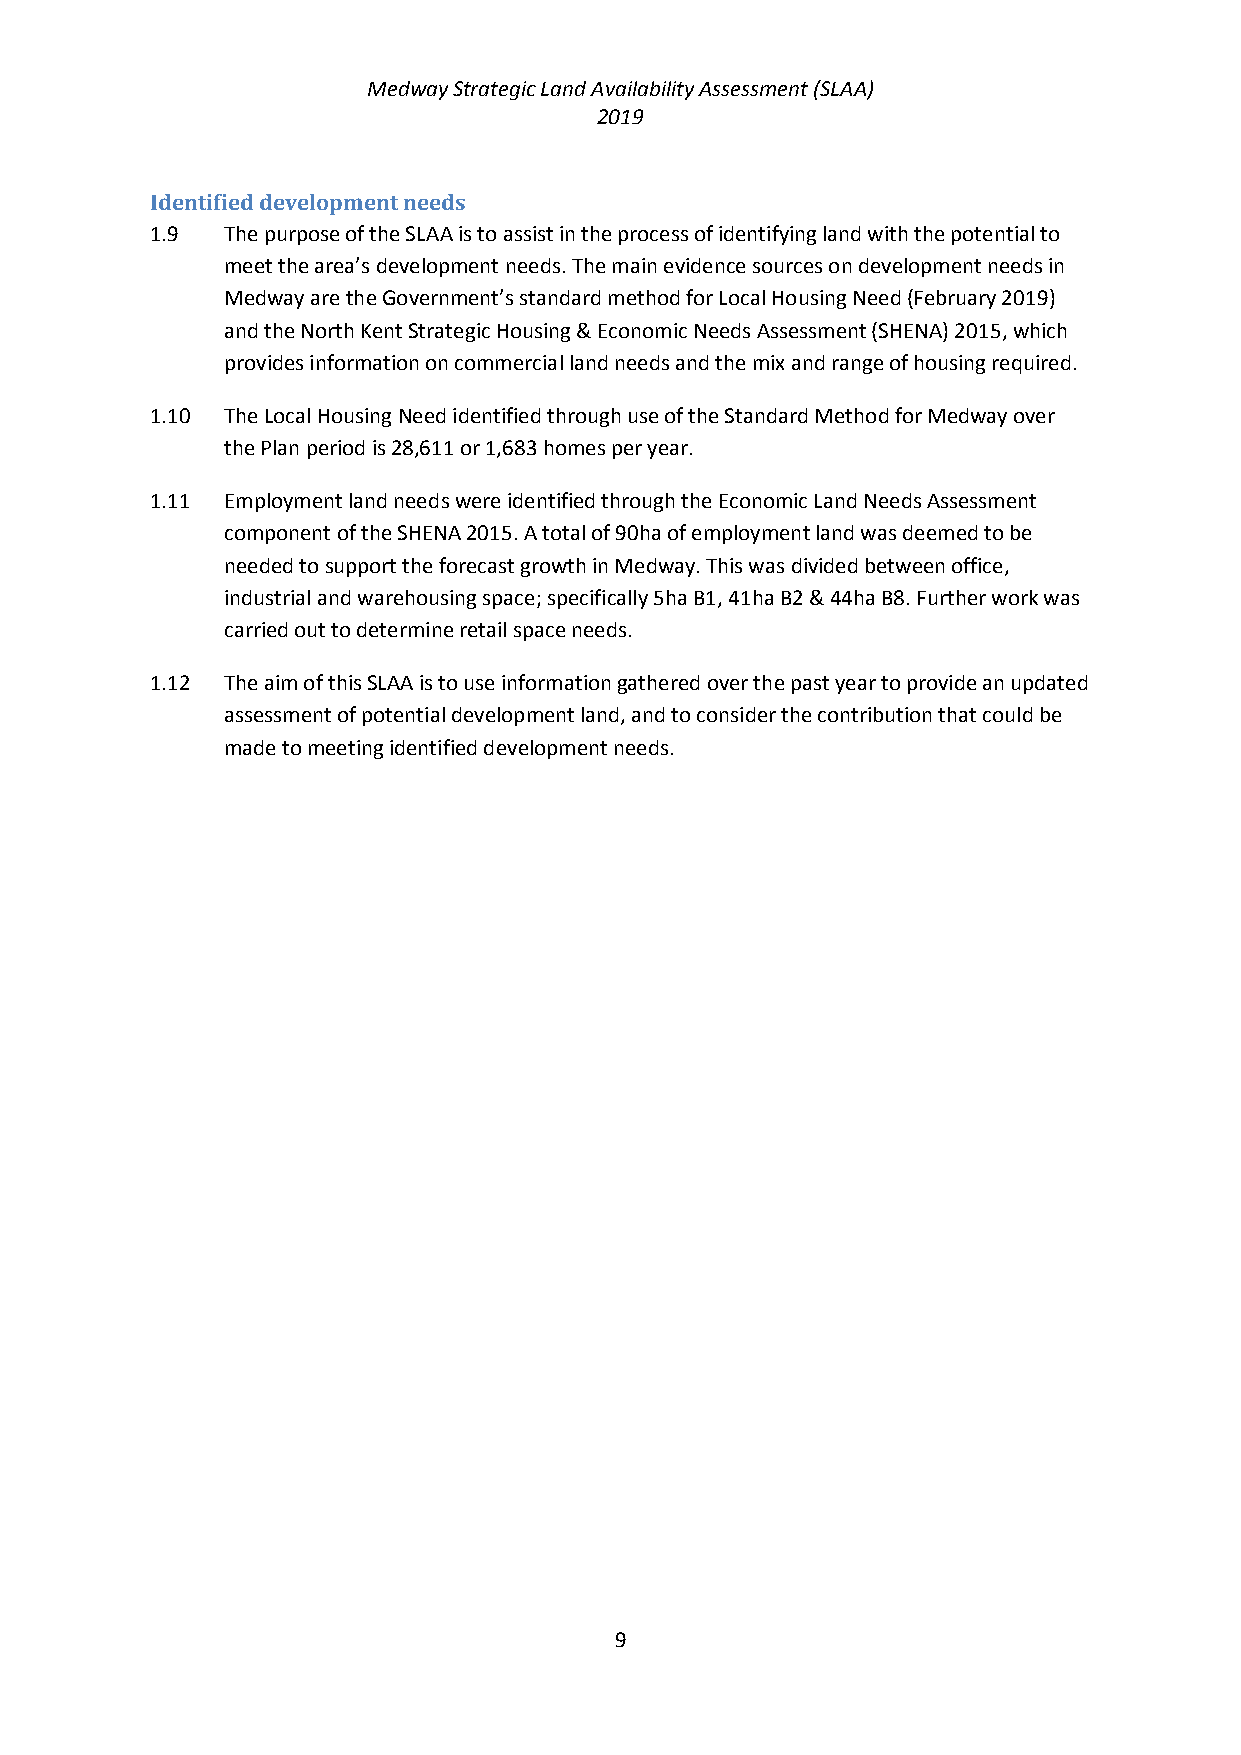
Medway Strategic Land Availability Assessment (SLAA)
 2019
 Identified development needs
 1.9  The purpose of the SLAA is to assist in the process of identifying land with the potential to
 meet the area’s development needs. The main evidence sources on development needs in
 Medway are the Government’s standard method for Local Housing Need (February 2019)
 and the North Kent Strategic Housing & Economic Needs Assessment (SHENA) 2015, which
 provides information on commercial land needs and the mix and range of housing required.
 1.10 The Local Housing Need identified through use of the Standard Method for Medway over
 the Plan period is 28,611 or 1,683 homes per year.
 1.11 Employment land needs were identified through the Economic Land Needs Assessment
 component of the SHENA 2015. A total of 90ha of employment land was deemed to be
 needed to support the forecast growth in Medway. This was divided between office,
 industrial and warehousing space; specifically 5ha B1, 41ha B2 & 44ha B8. Further work was
 carried out to determine retail space needs.
 1.12 The aim of this SLAA is to use information gathered over the past year to provide an updated
 assessment of potential development land, and to consider the contribution that could be
 made to meeting identified development needs.
 9